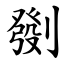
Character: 㔇